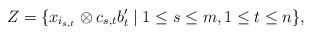
LaTeX: \begin{align*}Z=\{x_{i_{s,t}}\otimes c_{s,t} b'_t\mid 1\leq s\leq m, 1\leq t\leq n\},\end{align*}